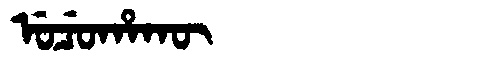
Manchu: ᡠᠴᡠᡥᠠᡴᡡ
Romanization: UCUHAKŪ